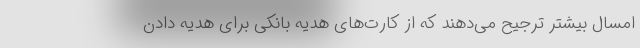
امسال بیشتر ترجیح می‌دهند که از کارت‌های هدیه بانکی برای هدیه دادن